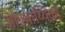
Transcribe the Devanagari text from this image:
ओपनाय्यिको